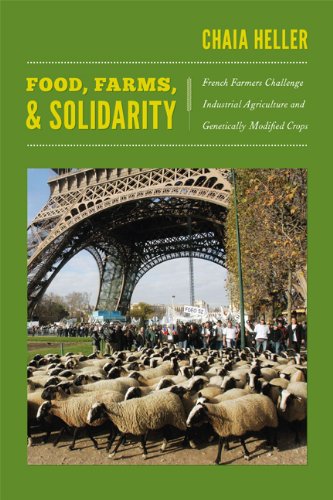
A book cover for Food, Farms, and Solidarity: French Farmers Challenge Industrial Agriculture and Genetically Modified Crops (New Ecologies for the Twenty-First Century); Chaia Heller; Health, Fitness & Dieting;